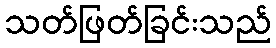
သတ်ဖြတ်ခြင်းသည်